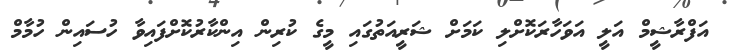
އަފްރާޝީމް އަލީ އަވަހާރަކޮށްލި ކަމަށް ޝަރީއަތުގައި މީގެ ކުރިން އިންކާރުކޮށްފައިވާ ހުސައިން ހުމާމް